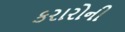
કરારોની